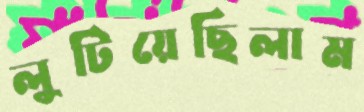
লুটিয়েছিলাম